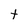
Character: t